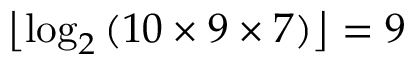
\left\lfloor \log _ { 2 } \left( 1 0 \times 9 \times 7 \right) \right\rfloor = 9